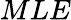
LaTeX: MLE